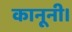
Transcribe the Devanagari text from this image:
कानूनी।